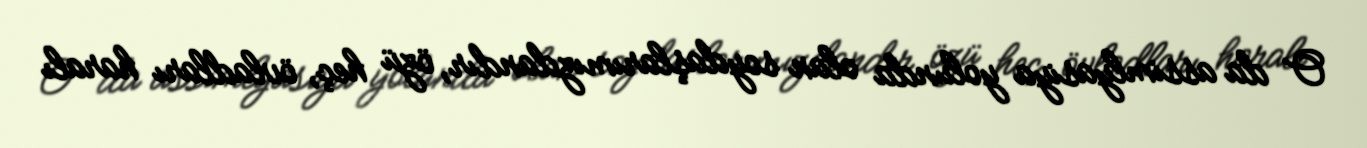
O da assimlyasiya yolunda olan soydaşlarımızdandır, özü heç, övladları haralı